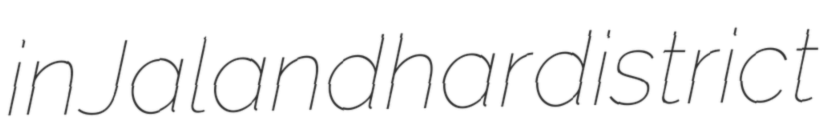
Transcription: in Jalandhar district